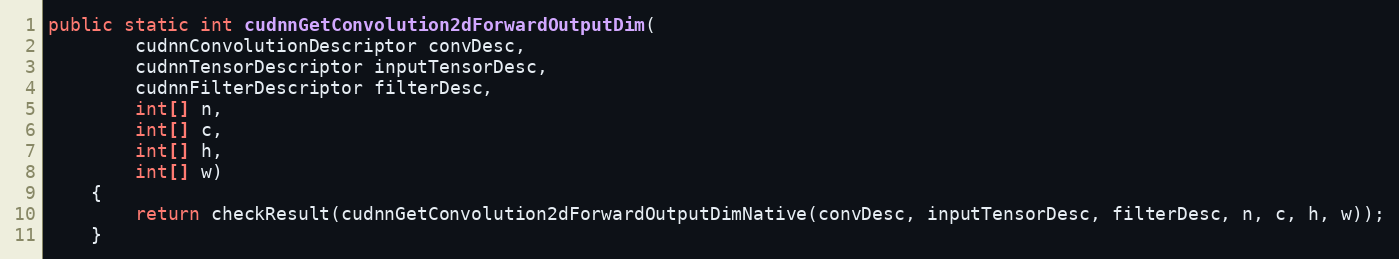
Language: Java
public static int cudnnGetConvolution2dForwardOutputDim(
        cudnnConvolutionDescriptor convDesc,
        cudnnTensorDescriptor inputTensorDesc,
        cudnnFilterDescriptor filterDesc,
        int[] n,
        int[] c,
        int[] h,
        int[] w)
    {
        return checkResult(cudnnGetConvolution2dForwardOutputDimNative(convDesc, inputTensorDesc, filterDesc, n, c, h, w));
    }